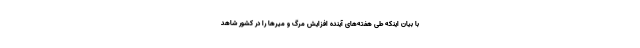
با بیان اینکه طی هفته‌های آینده افزایش مرگ و میرها را در کشور شاهد